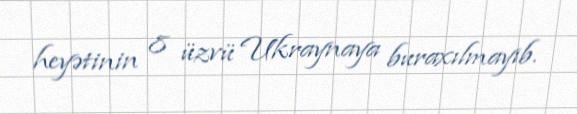
heyətinin 8 üzvü Ukraynaya buraxılmayıb.